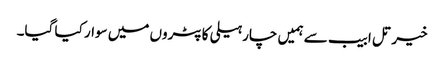
خیر تل ابیب سے ہمیں چار ہیلی کاپٹروں میں سوار کیا گیا۔